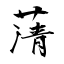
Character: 蔳